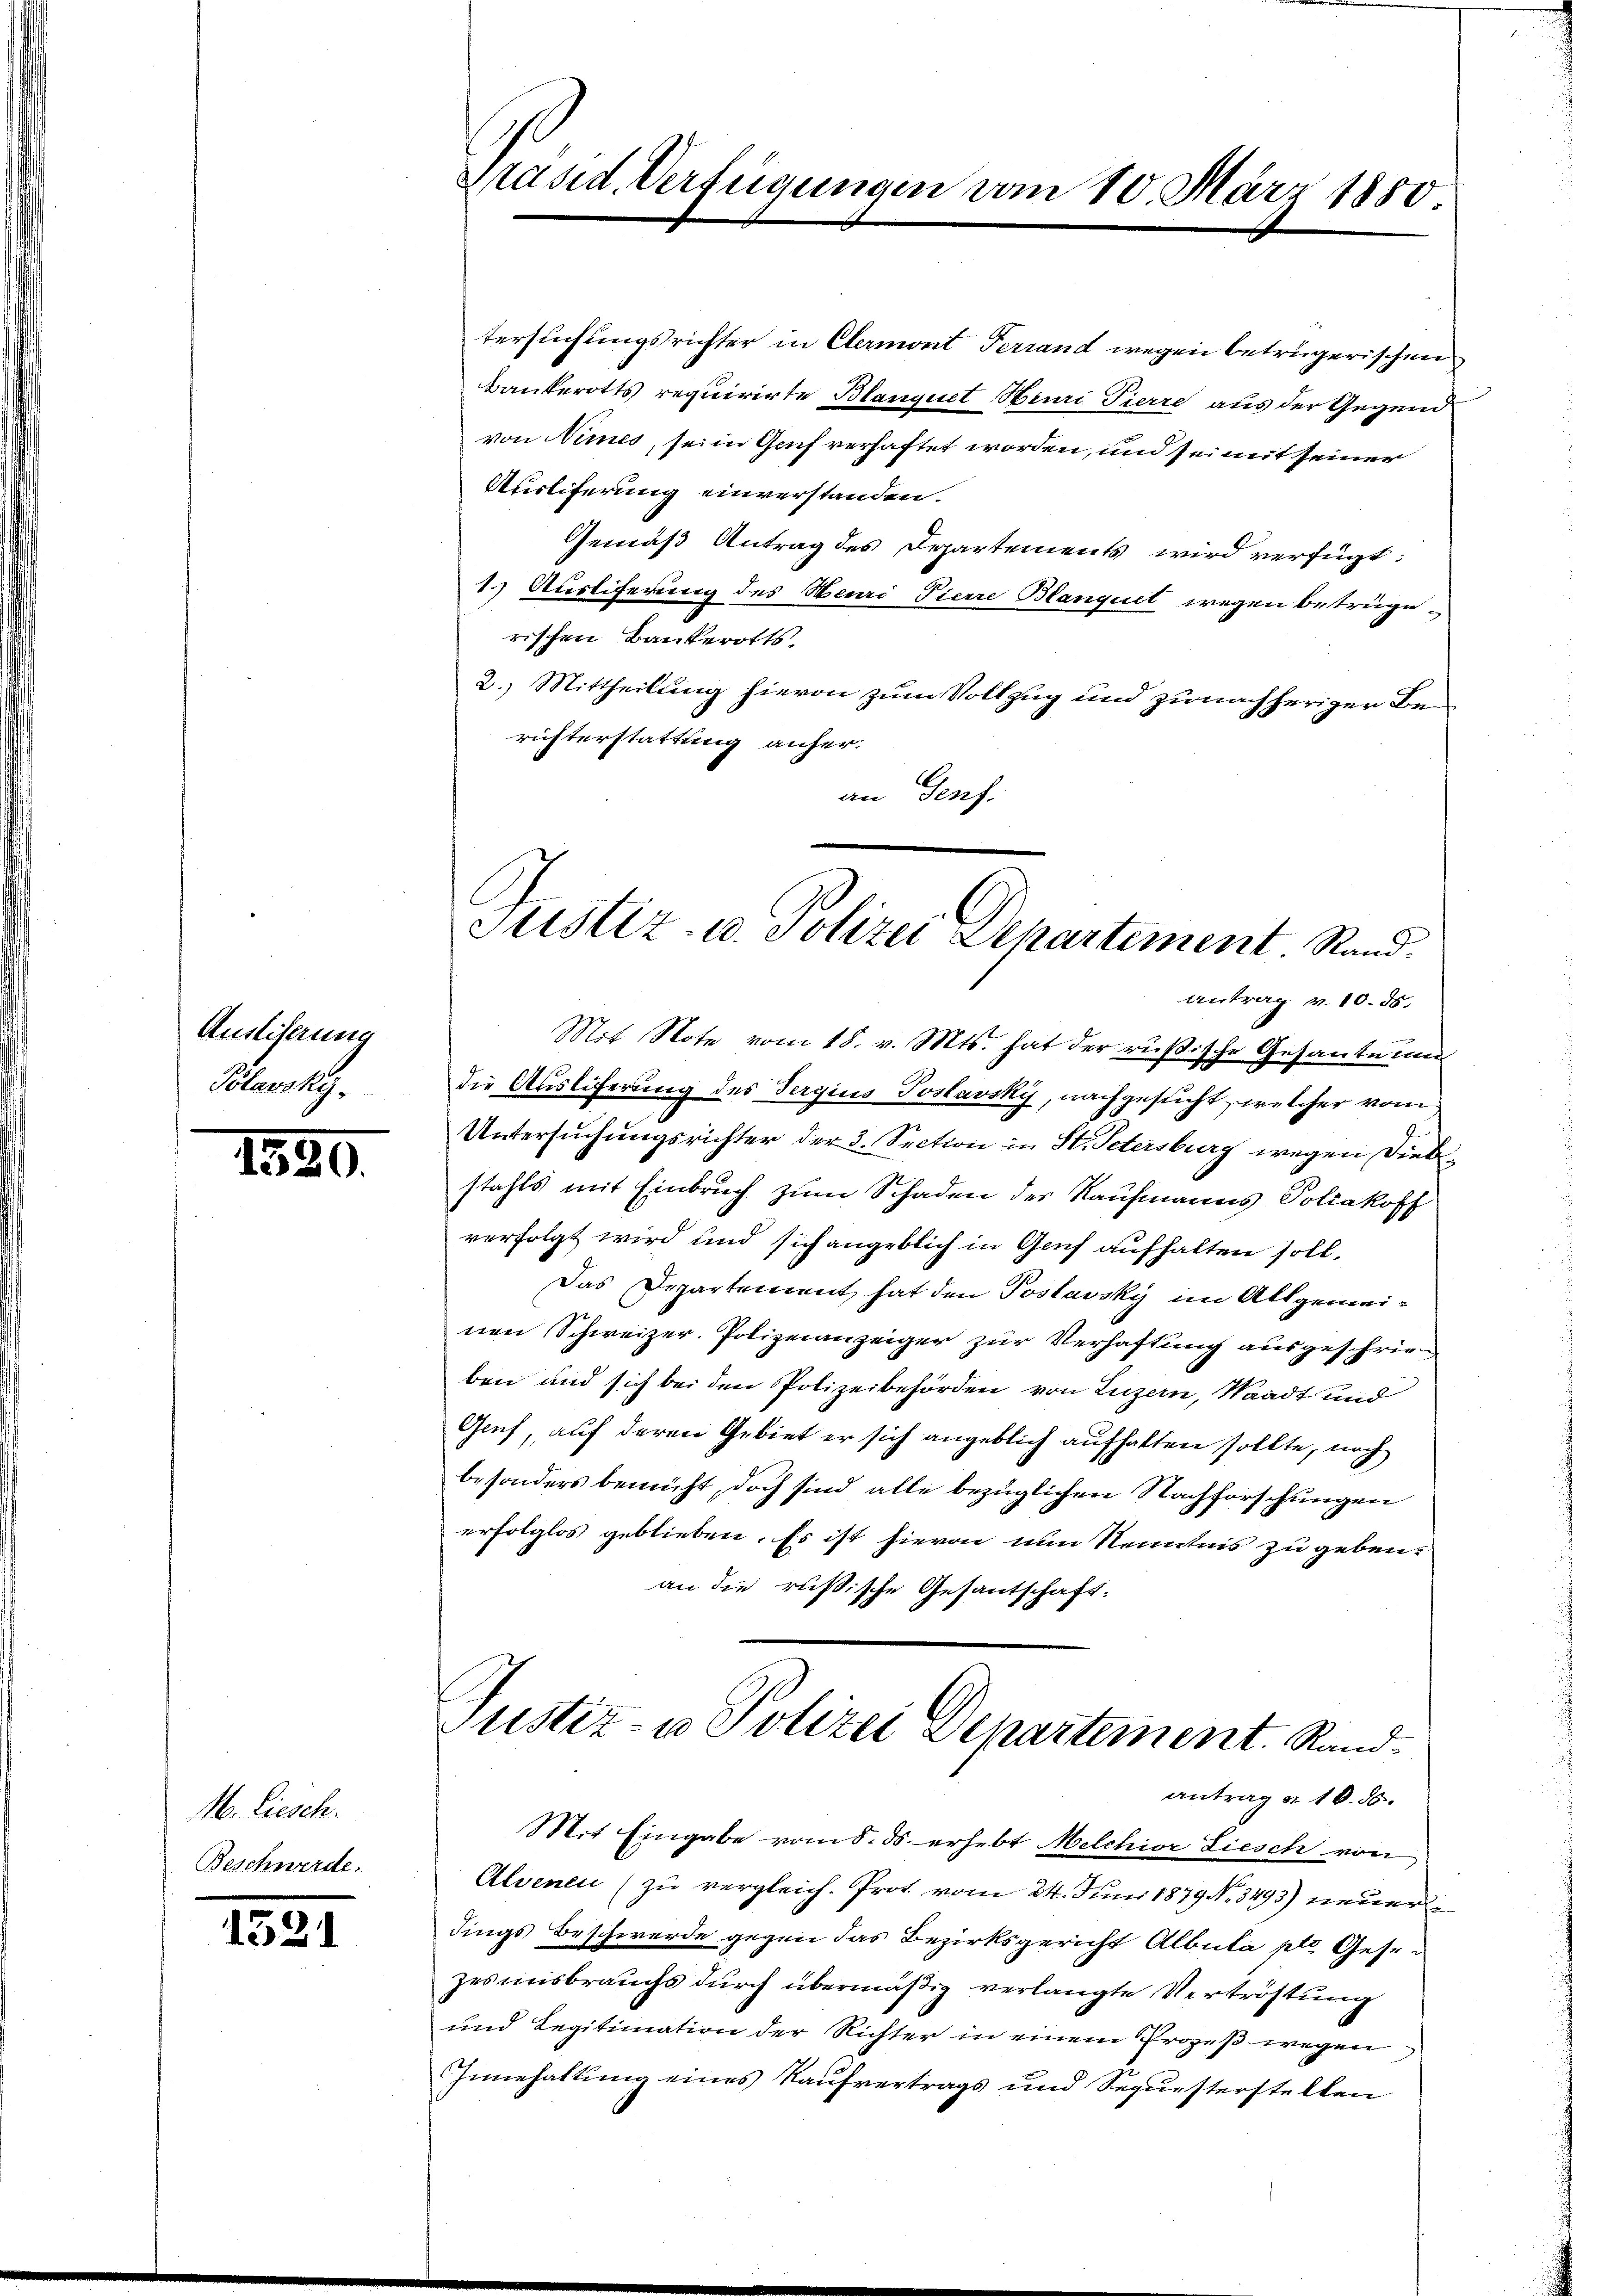
Ausliserung
Polavsky.

1399.

M. Liesch.
Beschwerde.

1521

Präsid. Verfügungen vom 10. März 1880

Justiz- u. Polizei Departement Stand.

tersuchungsrichter in Clermont Terrand wegen betrügerischen
Bankerotts requirirte Blanquet Henri Tierre aus der Gegend
von Nimes, sei in Genf verhaftet worden, und sei mit seiner
Ausliferung einverstanden.
Gemäß Antrag des Departements wird verfügt:
1.) Ausliferung des Meuri Tierre Blanquet wegen betrüge
rischen Bankerotts.
2.) Mittheilung hievon zum Vollzug und zu nachheriger Berichterstattung anfer-
an Genf.
Antrag v. 10. ds.
Mit Note vom 18. v. Mts. hat der rußische Gesante inn
die Auslicherung des Sergius Postavsky, nachgesucht, welcher vom
Untersuchungsrichter der 3. Section in St. Petersburg wegen Diebstahls mit Einbruch zum Schaden des Kaufmanns Poliakoff
verfolgt wird und sich angeblich in Genf aufhalten soll.
Das Departement hat den Postavsky im Allgemeinen Schweizer. Polizeianzeiger zur Verhaftung ausgeschrieben und sich bei den Polizeibehörden von Luzern, Waadt und
Gruf, auf deren Gebiet er sich angeblich aufhalten sollte, noch
besonders bemüht, doch sind alle bezüglichen Nachforschungen
erfolglos geblieben. Es ist hievon nun Kenntnis zu geben.
an die russische Gesantschaft:

Justiz- u Polizei Departement. Randantrag v. 10. ds.

Mit Eingabe vom 8. ds. erhebt Melchior Liesch von
Alvenen (zu vergleich. Prot. vom 24. Juni 1879 No. 3493) neuerli
dings Beschwerde gegen das Bezirksgericht Albula ptr. Gesezesiisbrauchs durch übermäßig verlangte Vertröstung
und Legitimation der Richter in einem Prozeß wegen
Innehaltung eines Kaufvertrags und Sequesterstellen